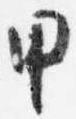
甲